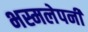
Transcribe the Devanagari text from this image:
भस्मलेपनी